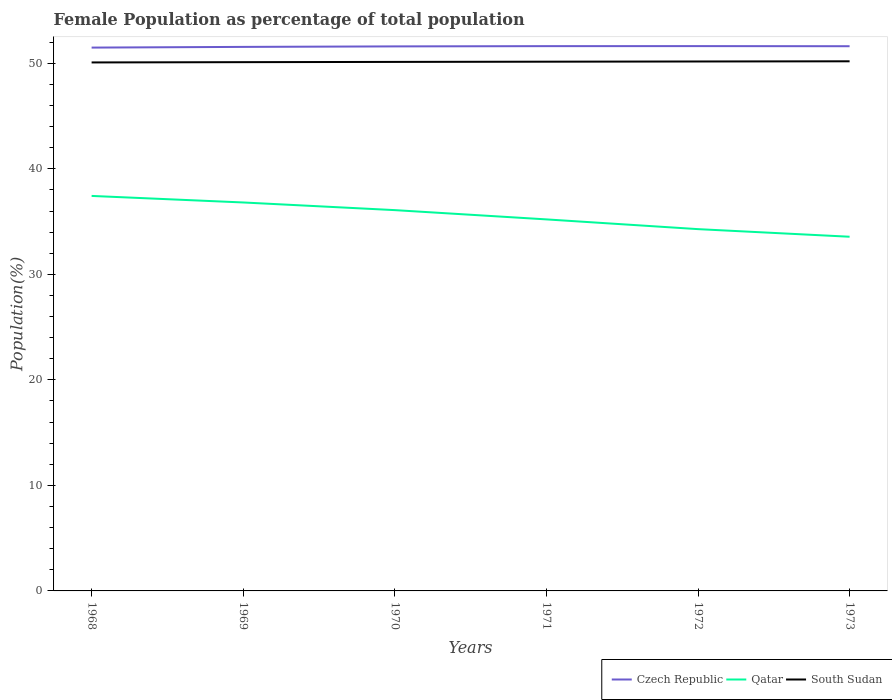
| Years | Czech Republic | Qatar | South Sudan |
 | --- | --- | --- | --- |
 | 1968 | 51.5 | 37.4 | 50.1 |
 | 1969 | 51.6 | 36.8 | 50.1 |
 | 1970 | 51.6 | 36.1 | 50.1 |
 | 1971 | 51.6 | 35.2 | 50.2 |
 | 1972 | 51.6 | 34.3 | 50.2 |
 | 1973 | 51.6 | 33.6 | 50.2 |